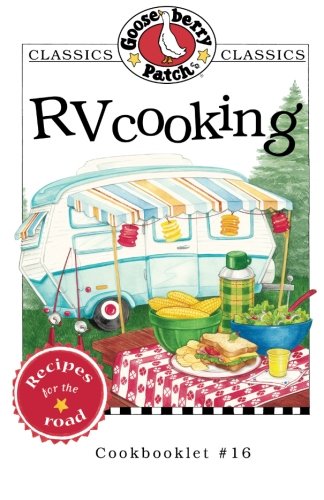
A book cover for RV Cooking Cookbook (Gooseberry Patch Classics); Gooseberry Patch; Cookbooks, Food & Wine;